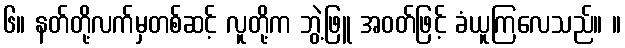
၆။ နတ်တို့လက်မှတစ်ဆင့် လူတို့က ဘွဲ့ဖြူ အဝတ်ဖြင့် ခံယူကြလေသည်။ ။